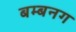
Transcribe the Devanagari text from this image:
बम्बनग